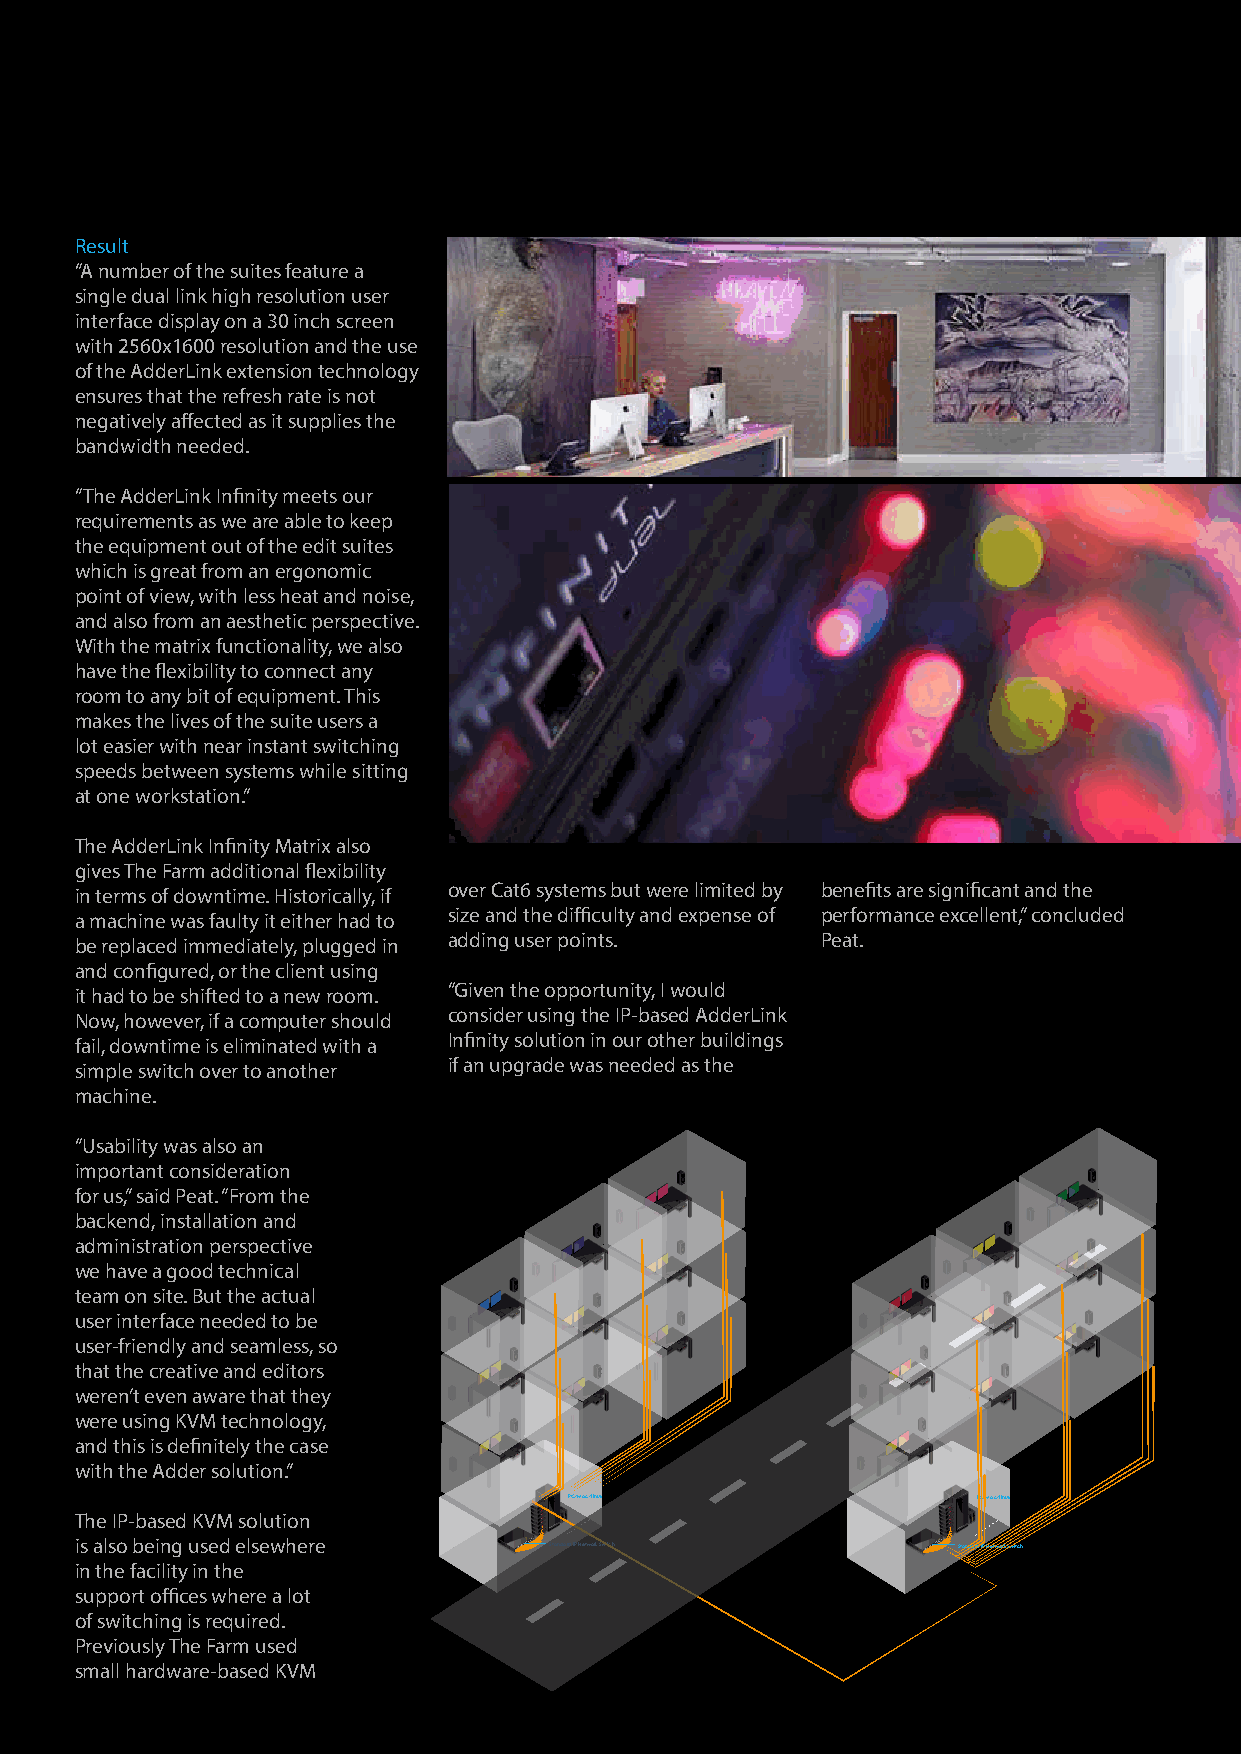
Result
 “A number of the suites feature a
 single dual link high resolution user
 interface display on a 30 inch screen
 with 2560x1600 resolution and the use
 of the AdderLink extension technology
 ensures that the refresh rate is not
 negatively affected as it supplies the
 bandwidth needed.
 “The AdderLink Infinity meets our
 requirements as we are able to keep
 the equipment out of the edit suites
 which is great from an ergonomic
 point of view, with less heat and noise,
 and also from an aesthetic perspective.
 With the matrix functionality, we also
 have the flexibility to connect any
 room to any bit of equipment. This
 makes the lives of the suite users a
 lot easier with near instant switching
 speeds between systems while sitting
 at one workstation.”
 The AdderLink Infinity Matrix also
 gives The Farm additional flexibility
 over Cat6 systems but were limited by benefits are significant and the
 in terms of downtime. Historically, if
 size and the difficulty and expense of performance excellent,” concluded
 a machine was faulty it either had to
 adding user points.     Peat.
 be replaced immediately, plugged in
 and configured, or the client using
 “Given the opportunity, I would
 it had to be shifted to a new room.
 consider using the IP-based AdderLink
 Now, however, if a computer should
 Infinity solution in our other buildings
 fail, downtime is eliminated with a
 if an upgrade was needed as the
 simple switch over to another
 machine.
 “Usability was also an
 important consideration
 for us,” said Peat. “From the
 backend, installation and
 administration perspective
 we have a good technical
 team on site. But the actual
 user interface needed to be
 user-friendly and seamless, so
 that the creative and editors
 weren’t even aware that they
 were using KVM technology,
 and this is definitely the case
 with the Adder solution.”
 PC/Mac/Linux               PC/Mac/Linux
 The IP-based KVM solution
 is also being used elsewhere   Standard IP Network Switch Standard IP Network Switch
 in the facility in the
 support offices where a lot
 of switching is required.
 Previously The Farm used
 small hardware-based KVM